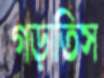
গড়াতিস